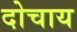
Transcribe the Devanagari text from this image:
दोचाय